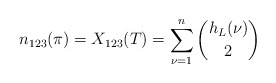
\begin{align*}n_{123}(\pi)=X_{123}(T)=\sum_{\nu=1}^n \binom{h_L(\nu)}2\end{align*}